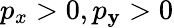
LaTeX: p_{x}>0,p_{\mathbf{y}}>0